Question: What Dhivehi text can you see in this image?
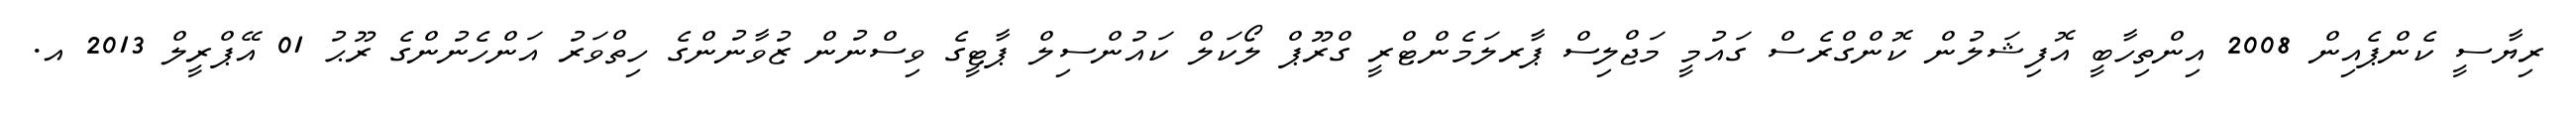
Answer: ރިޔާސީ ކެންޕެއިން 2008 އިންތިހާބީ އޮފިޝަލުން ކޮންގްރެސް ގައުމީ މަޖްލިސް ޕާރލަމެންޓްރީ ގްރޫޕް ލޯކަލް ކައުންސިލް ޕާޓީގެ ވިސްނުން ޒުވާނުންގެ ހިތްވަރު އަންހެނުންގެ ރޫޙު 01 އޭޕްރީލް 2013 އ.